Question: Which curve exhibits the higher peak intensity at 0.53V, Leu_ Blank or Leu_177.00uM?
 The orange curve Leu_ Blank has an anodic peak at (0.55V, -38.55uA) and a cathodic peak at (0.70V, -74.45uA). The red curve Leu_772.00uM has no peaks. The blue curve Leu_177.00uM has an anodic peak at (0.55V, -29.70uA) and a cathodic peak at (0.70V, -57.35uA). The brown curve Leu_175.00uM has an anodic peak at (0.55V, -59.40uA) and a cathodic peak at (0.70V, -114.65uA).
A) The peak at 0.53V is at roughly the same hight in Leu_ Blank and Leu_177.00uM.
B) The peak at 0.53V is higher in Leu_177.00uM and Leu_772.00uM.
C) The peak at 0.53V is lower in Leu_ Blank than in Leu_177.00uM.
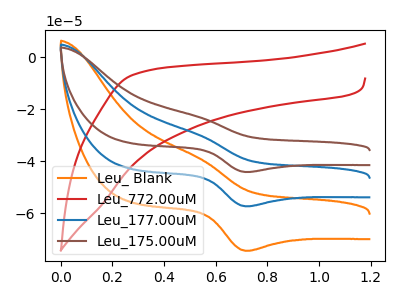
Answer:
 <answer>C) The peak at 0.53V is lower in "Leu_ Blank" than in "Leu_177.00uM".</answer>
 <eval>C</eval>